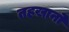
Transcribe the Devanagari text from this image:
तहखानो